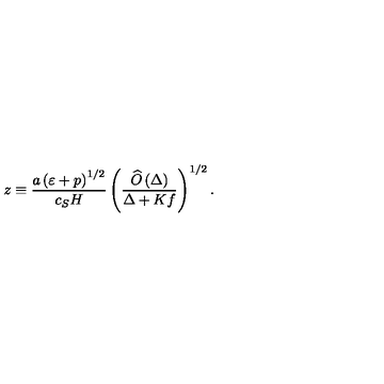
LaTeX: z \equiv \frac { a \left( \varepsilon + p \right) ^ { 1 / 2 } } { c _ { S } H } \left( \frac { \widehat { O } \left( \Delta \right) } { \Delta + K f } \right) ^ { 1 / 2 } .